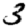
Digit: 3